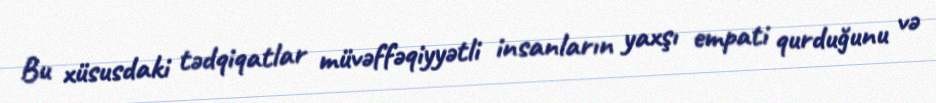
Bu xüsusdaki tədqiqatlar müvəffəqiyyətli insanların yaxşı empati qurduğunu və